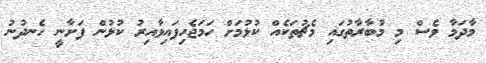
މާދަމާ ވެސް މި މުބާރާތުގައި މެޗުތަކެއް ކުޅުމަށް ހަމަޖެހިފައިވާއިރު ކުޅުން ފަށާނީ ހެނދުނު